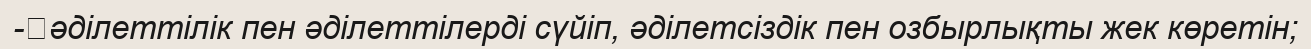
-	әділеттілік пен әділеттілерді сүйіп, әділетсіздік пен озбырлықты жек көретін;